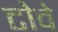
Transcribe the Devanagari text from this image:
टोवे